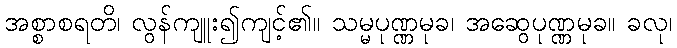
အစ္စာစရတိ၊ လွန်ကျူး၍ကျင့်၏။ သမ္မပုဏ္ဏမုခ၊ အဆွေပုဏ္ဏမုခ။ ခလု၊